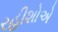
રહીશોએ